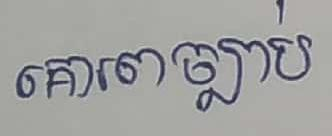
គោរពច្បាប់